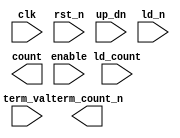
////////////////////////////////////////////////////////////////////////////////
//
//       This confidential and proprietary software may be used only
//     as authorized by a licensing agreement from Synopsys Inc.
//     In the event of publication, the following notice is applicable:
//
//                    (C) COPYRIGHT 2010 - 2023 SYNOPSYS INC.
//                           ALL RIGHTS RESERVED
//
//       The entire notice above must be reproduced on all authorized
//     copies.
//
//
// VERSION:   Verilog Simulation model for DW_lp_cntr_updn_df
//
// DesignWare_version: fbc87ad1
// DesignWare_release: U-2022.12-DWBB_202212.5
//
////////////////////////////////////////////////////////////////////////////////

//
//
// ABSTRACT: Low Power Up/Down Counter with Dynamic Terminal Count
//
//
//      Parameters     Valid Values   Description
//      ==========     ============   ===========
//      width           2 to 1024     default: 8
//                                    Width of counter
//
//      rst_mode         0 to 1       default: 0
//                                    Defines whether reset is async or sync
//                                      0 => use asynch reset FFs
//                                      1 => use synch reset FFs
//
//      reg_trmcnt       0 to 1       default: 0
//                                    Defines whether term_count_n is registered
//                                      0 => term_count_n is combination
//                                      1 => term_count_n is registered
//
//
//      Inputs         Size       Description
//      ======         ====       ===========
//      clk            1 bit      Positive edge sensitive Clock Input
//      rst_n          1 bit      Reset Inpur (active low)
//      enable         1 bit      Counter Enable Input (active high)
//      up_dn          1 bit      Count direction (0 => down, 1 => up)
//      ld_n           1 bit      Reset (active low)
//      ld_count    width bits    Value to Load into Counter
//      term_val    width bits    Input to Specify the Terminal Count Value
//
//
//      Outputs        Size       Description
//      =======        ====       ===========
//      count       width bits    Counter Output
//      term_count_n   1 bit      Terminal Count Output Flag (active low)
//
//
// Modification history:
//
////////////////////////////////////////////////////////////////////////////////

module DW_lp_cntr_updn_df(
	clk,
	rst_n,
	enable,
	up_dn,
	ld_n,
	ld_count,
	term_val,
	count,
	term_count_n
	);

parameter integer width     = 8;
parameter integer rst_mode  = 0;
parameter integer reg_trmcnt= 0;


input			clk;
input			rst_n;
input			enable;
input			up_dn;
input			ld_n;
input  [width-1 : 0]	ld_count;
input  [width-1 : 0]	term_val;
output [width-1 : 0]	count;
output			term_count_n;

// synopsys translate_off

reg    [width-1 : 0]	count_int;
wire   [width-1 : 0]	count_next;

wire   [width-1 : 0]	count_plus_one;

reg			term_count_n_int;
wire			term_count_n_next;
wire   [width-1 : 0]	one;


  assign one = {{width-1{1'b0}},1'b1};

  assign count_plus_one = (up_dn === 1'b1)? (count_int + one) : 
					((up_dn ===1'b0)? (count_int - one) : {width{1'bx}});
  assign count_next = (ld_n === 1'b1)? ((enable === 1'b1)? count_plus_one :
					  ((enable === 1'b0)? count_int : {width{1'bx}})) :
			((ld_n === 1'b0)? ld_count : {width{1'bx}});

generate if (rst_mode == 0) begin : GEN_1
  always @ (posedge clk or negedge rst_n) begin : registers_async_PROC
    if (rst_n == 1'b0) begin
      count_int <= {width{1'b0}};
      term_count_n_int <= 1'b1;
    end else begin
      count_int <= count_next;
      term_count_n_int <= term_count_n_next;
    end
  end
end else begin
  always @ (posedge clk) begin : registers_sync_PROC
    if (rst_n == 1'b0) begin
      count_int <= {width{1'b0}};
      term_count_n_int <= 1'b1;
    end else begin
      count_int <= count_next;
      term_count_n_int <= term_count_n_next;
    end
  end
end
endgenerate

  assign count = count_int;

generate if (reg_trmcnt == 0) begin : GEN_2
  assign term_count_n = ((^(count_int ^ count_int) !== 1'b0) || (^(term_val ^ term_val) !== 1'b0))? 1'bX :
				((count_int == term_val)? 1'b0 : 1'b1);
  assign term_count_n_next = 1'b1;
end else begin
  assign term_count_n = term_count_n_int;
  assign term_count_n_next = ((ld_n & ~enable)==1'b1)? term_count_n_int :
				((^(count_next ^ count_next) !== 1'b0) || (^(term_val ^ term_val) !== 1'b0))? 1'bX :
				((count_next == term_val)? 1'b0 : 1'b1);
end
endgenerate

// synopsys translate_on

endmodule